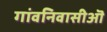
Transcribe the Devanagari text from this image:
गांवनिवासीऒं